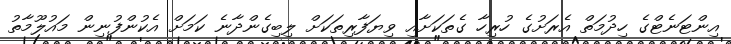
އިންޓަނެޓްގެ ހިދުމަތް އެރަށުގެ ހުރިހާ ގެތަކަށާއި ވިޔަފާރިތަކަށް ލިބިގެންދާނެ ކަމަށް އެކުންފުނިން މައުލޫމާތު